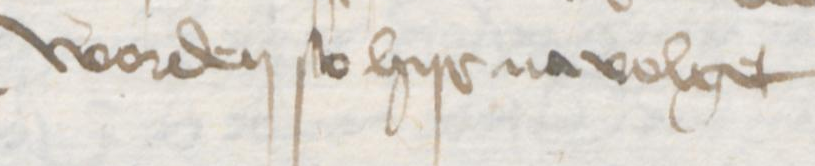
Transcription: worden so hyr na volget